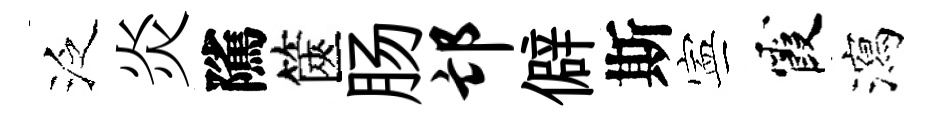
泛炎隲篋肠邙僻斯寕霞瀉